Bréfritari: Guðmundur Magnússon
Viðtakandi: Einar Friðgeirsson
Dagsetning: A-1896-05-15
Skrifað á: Heyholti  Mýr.

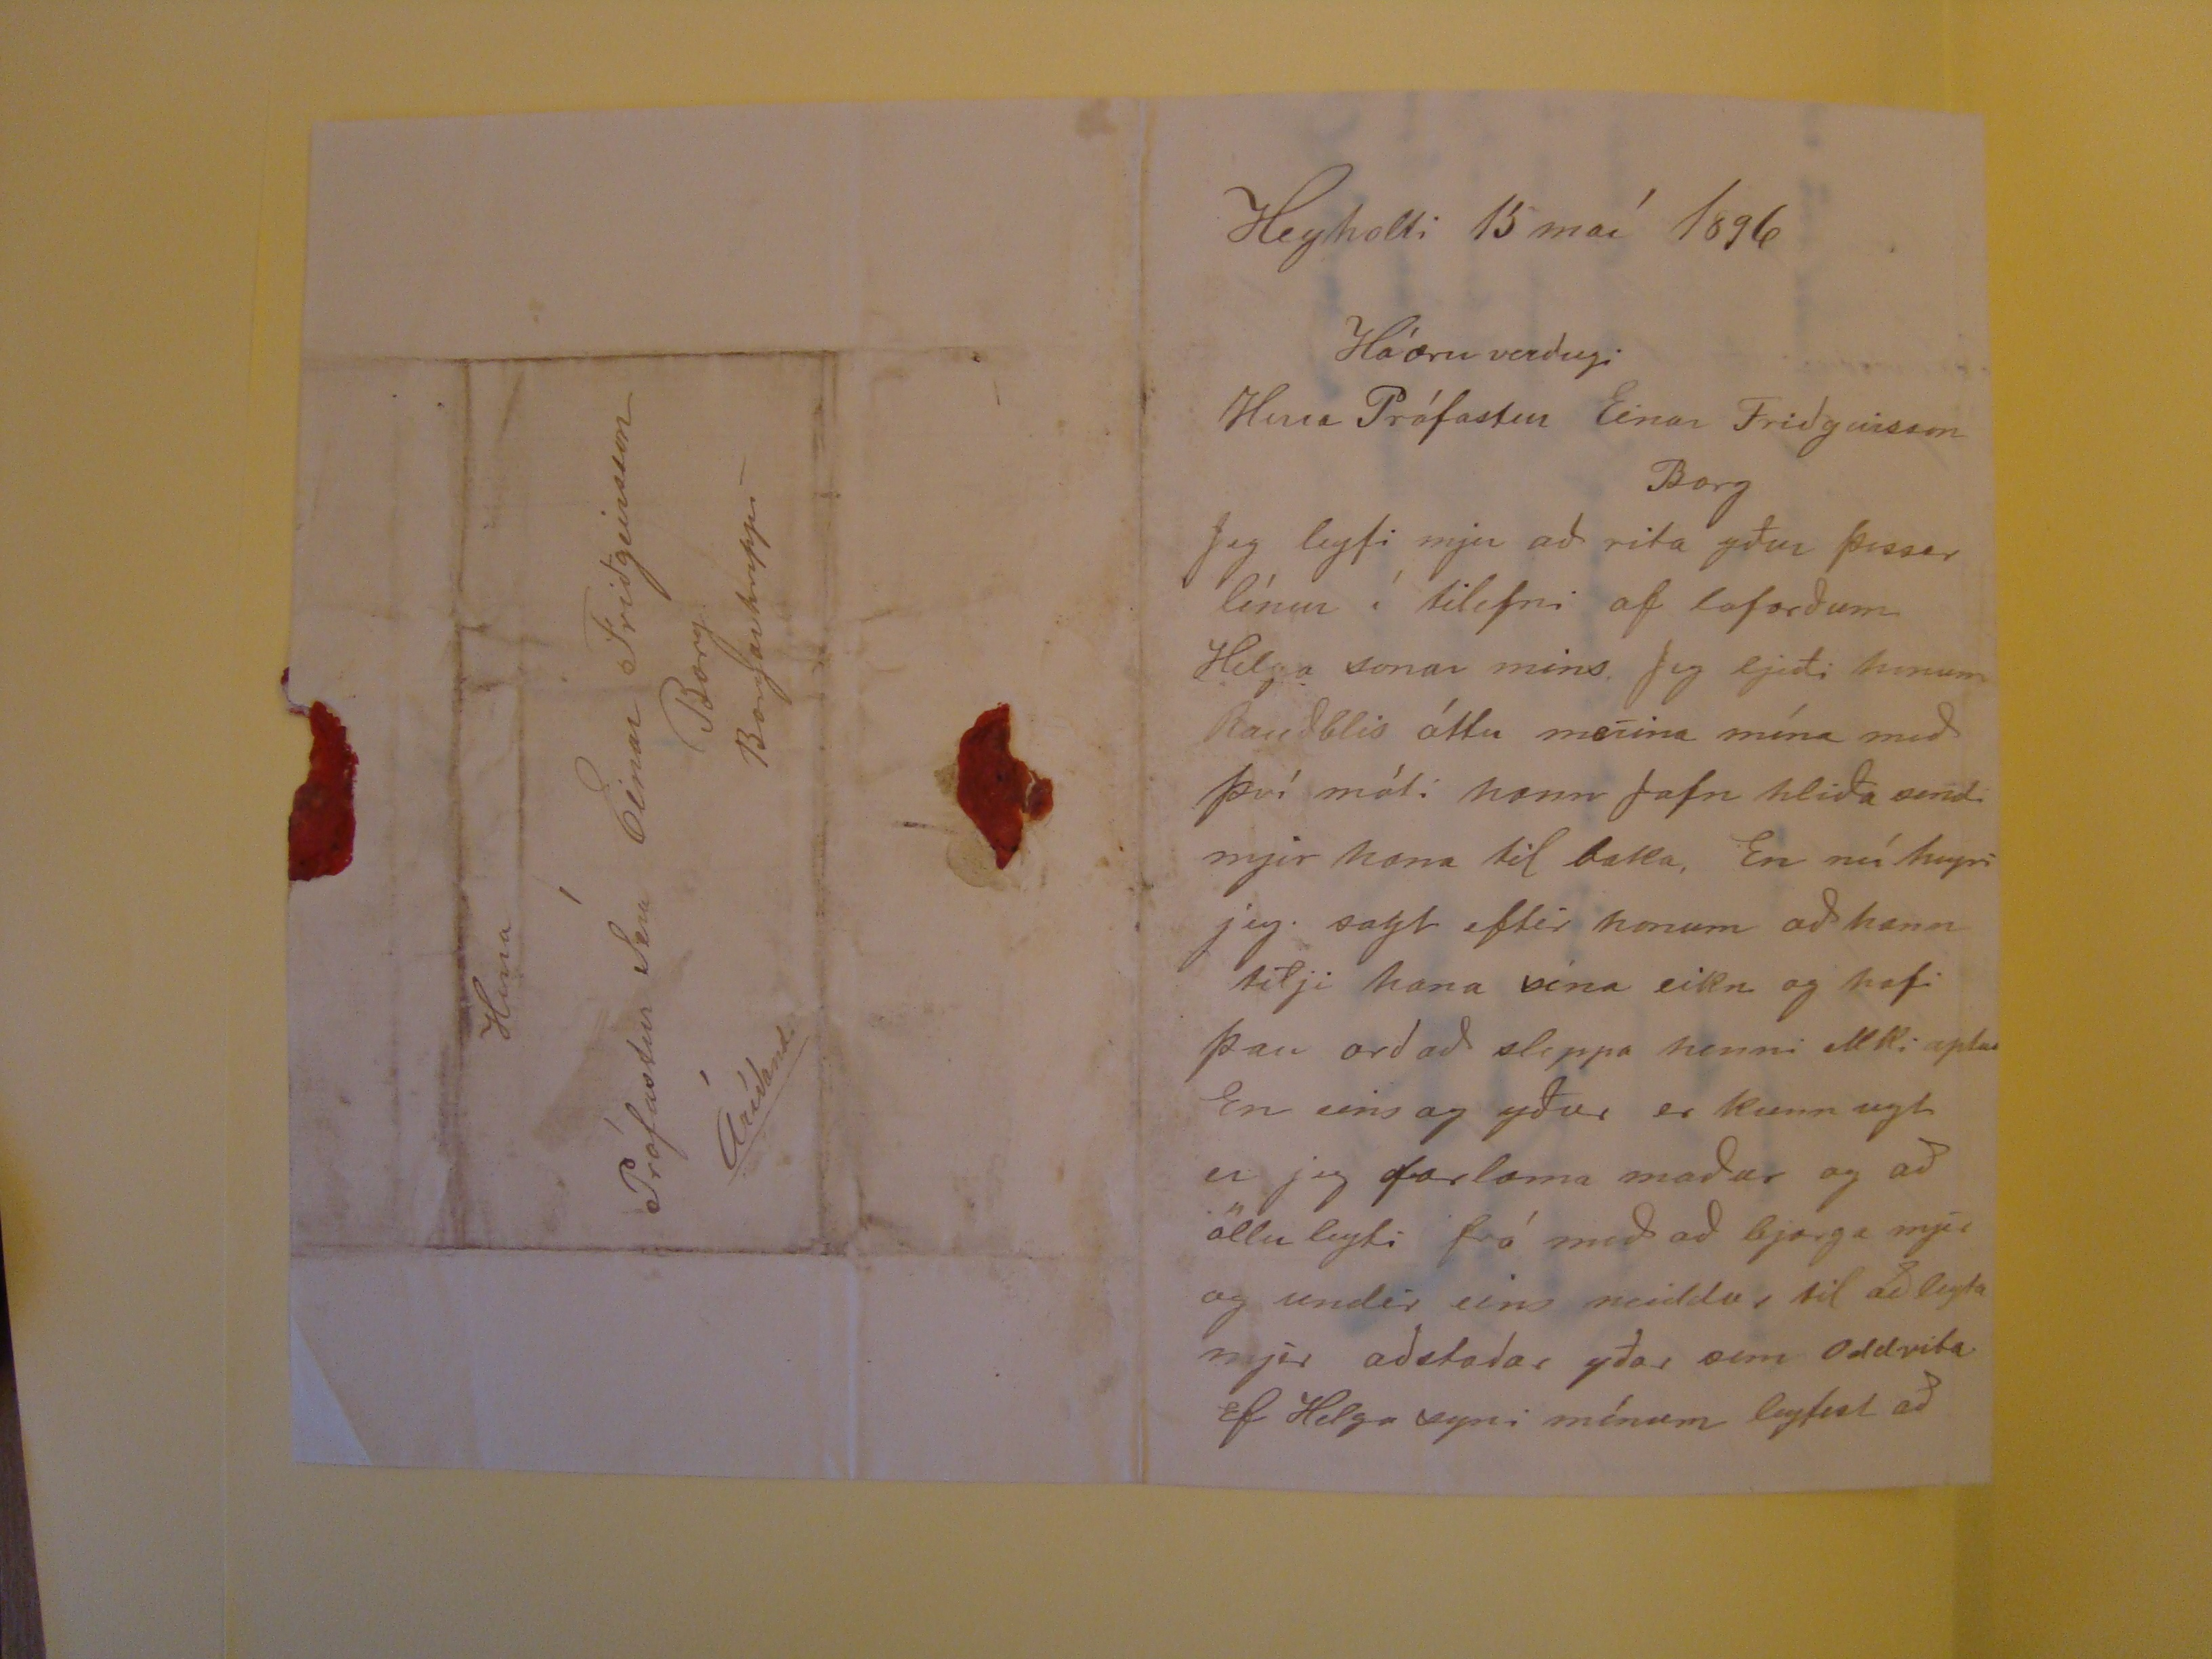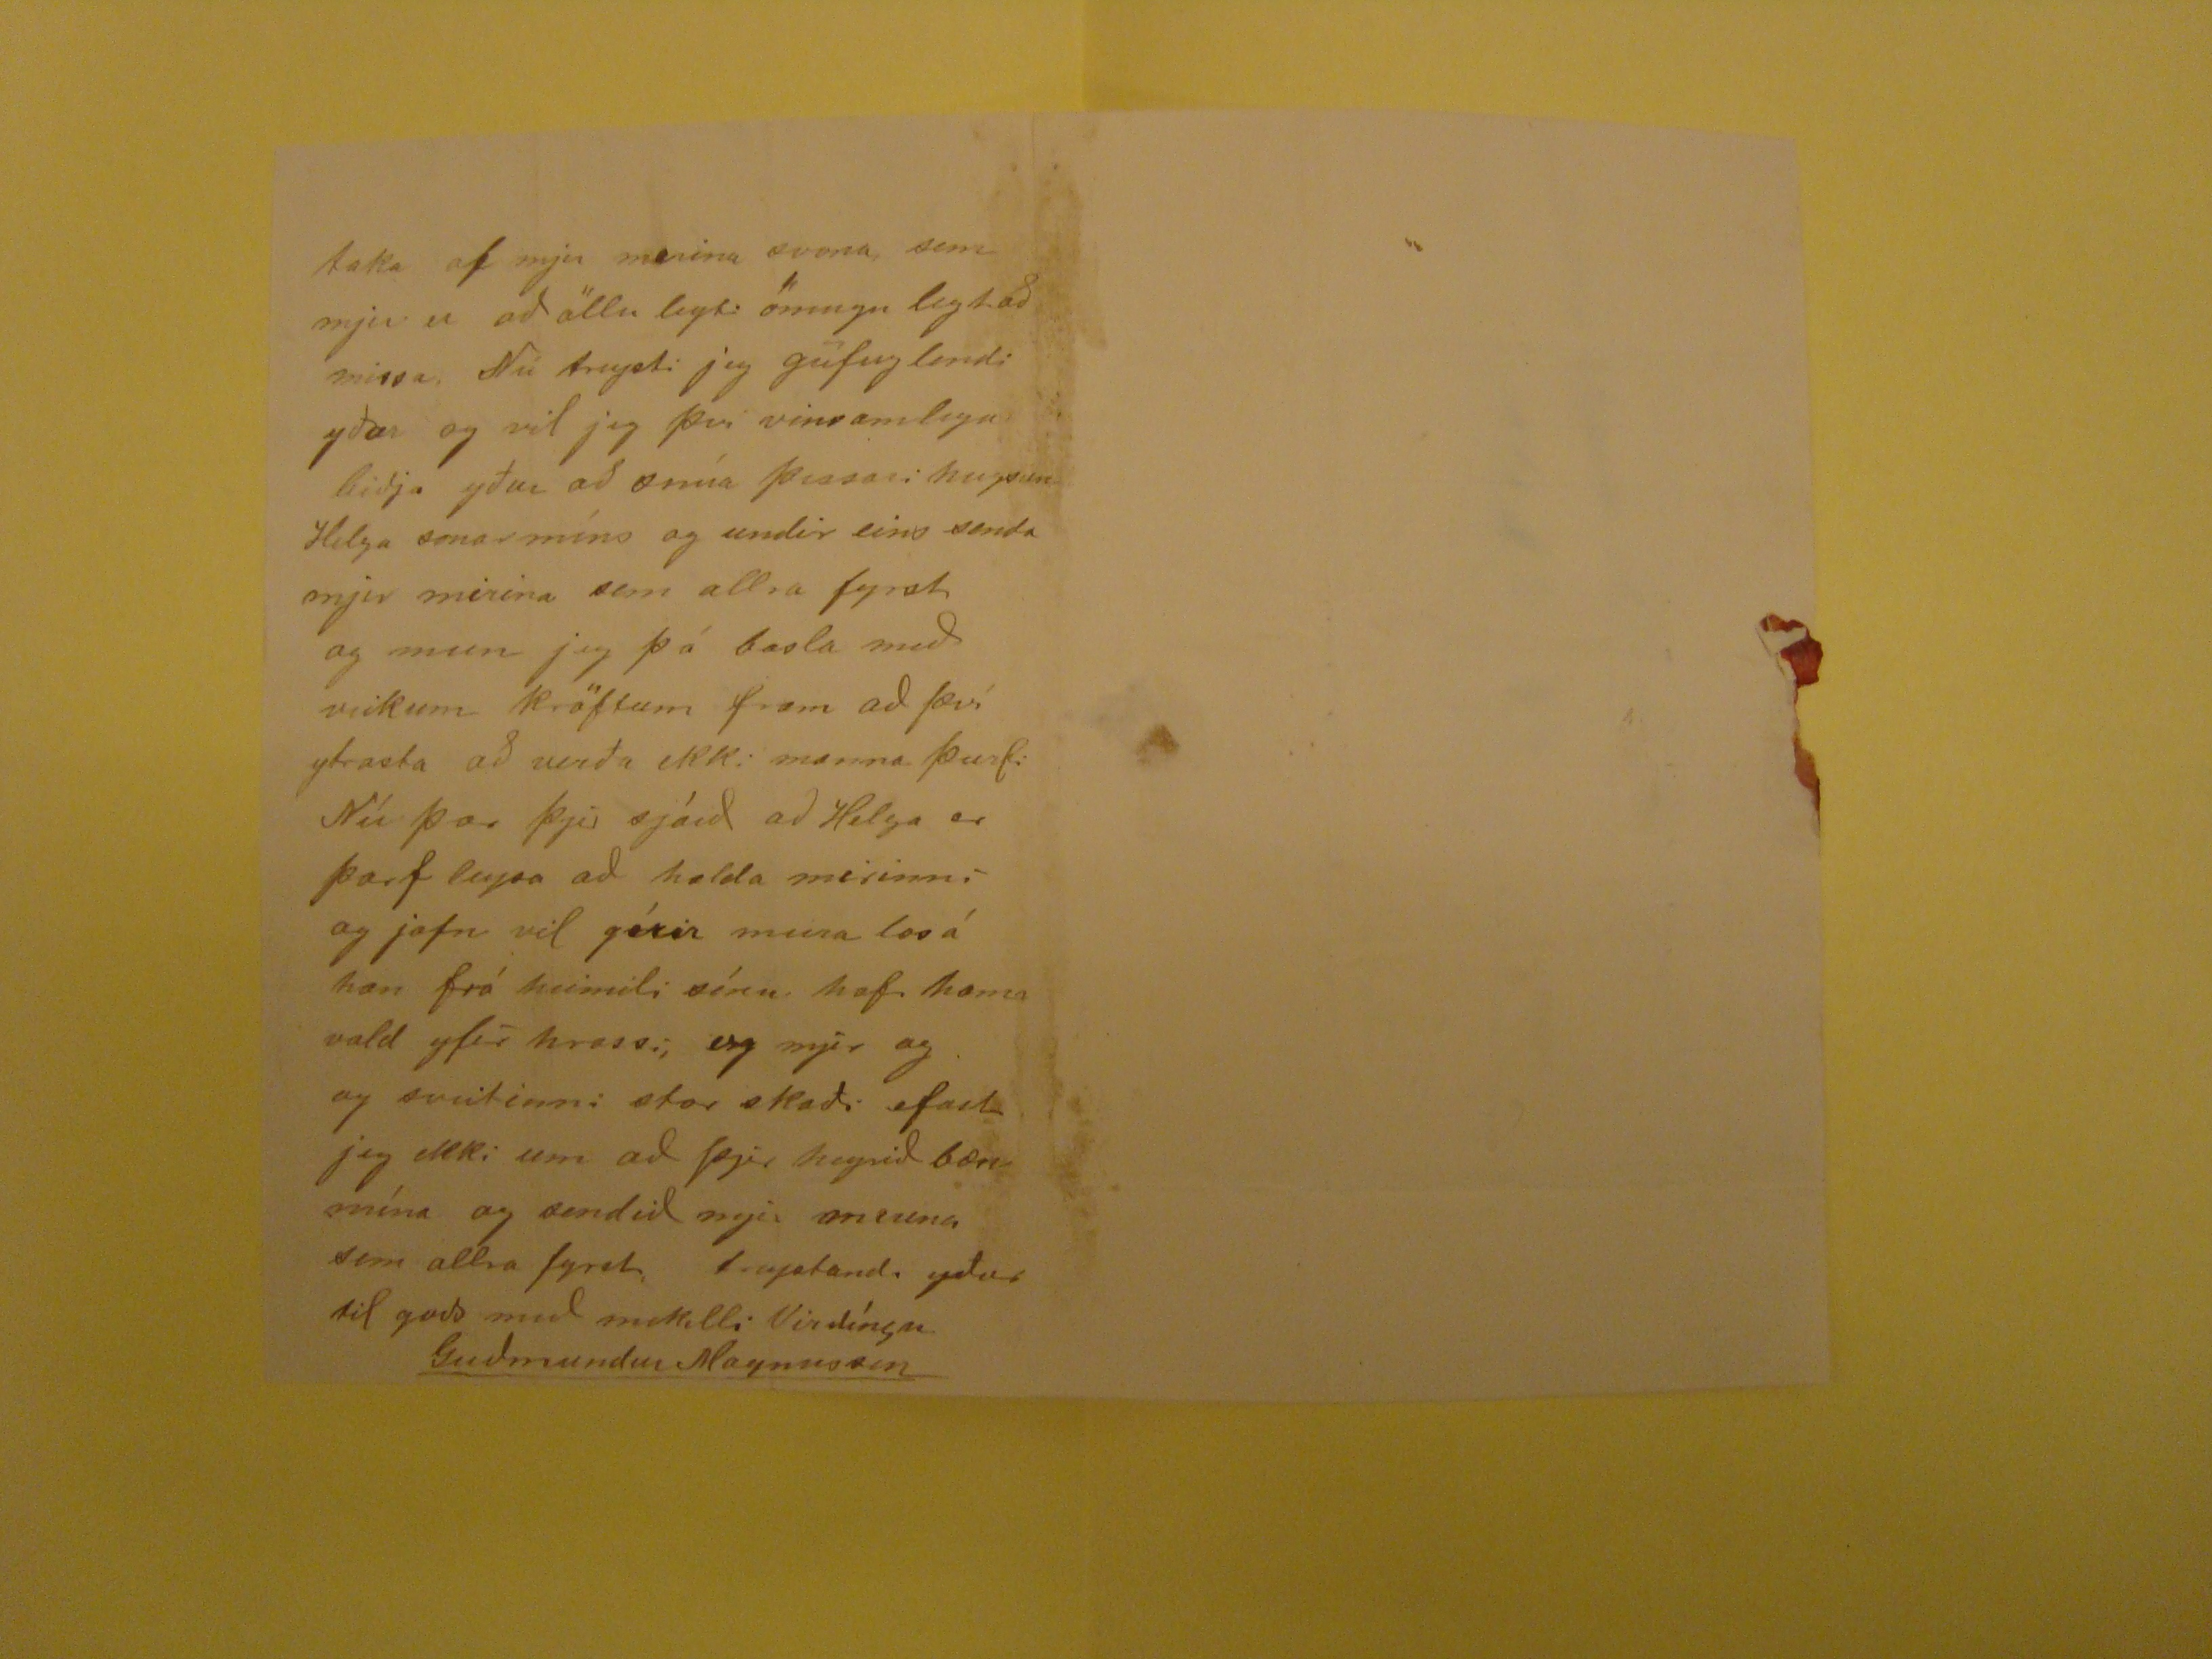

Heyholti 15 maí 1896
Háæruverðugi
Herra Prófastur EInar Friðgeirsson Borg
Jeg leyfi mjer að rita yður þessar línur í tilefni af loforðum Helga sonar mins, Jeg ljeði honum Rauðblis óttu merina mína með því móti hann Jafn hliða sendi mjer
hana til baka, En nú heyri jeg sagt eftir honum að hann tilji hana sina eikn og hafi þau orð að sleppa henni ekki aptur En eins og yður er kunn ugt er jeg farlama
maður og að öllu leyti frá með að bjarga mje rog undir eins neiddur til að leyta mjer aðstoðar yðar sem Oddvita Ef Helga syni mínum leyfist að
taka af mjer merina svona, sem mjer er að öllu leyti ómugu legt að missa, Nú treysti jeg gufuglendi yðar og vil jeg þvi vinsamlegast biðja yður að snúa þessari
hugsun Helga sonar míns og sendir eins senda mjer merina sem allra fyrst og mun jeg þó basla með veikum kröftum fram að því ytrasta að verða ekki manna þurfi
Nú þar þjer sjáið að Helga er þarf leysa að halda merinni og jafn vil
gó?ir
meira las á han frá heimili sínu hafi hann vald yfir hrissi, og mjer og
og sveitinni stor skaði efast jeg ekki um að þjer heyrið bæn mína og sendið mjer merina sem allra fyrst, treystandi yður til goðs með mikilli virðíngu
Guðmundur Magnusson
Hina
Prófastur Séra Einar Friðgeirsson
Borg
Borgarhreppi
Áríðandi